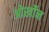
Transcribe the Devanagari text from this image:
ओर्खोन